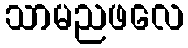
သာမညဖလေ